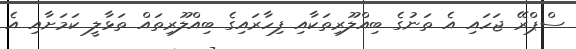
ސްޕްރޭ ޖަހައި އެ ތަނުގެ ބިއްލޫރިތަކާއި ފިހާރައިގެ ބިއްލޫރިތައް ތަޅާލީ ކަމަށާއި އެ